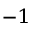
^ { - 1 }